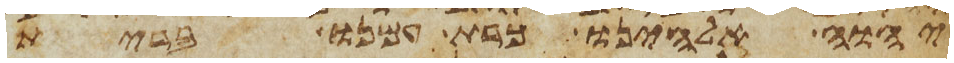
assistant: יהוה אלהינו כרת עמנו ברית